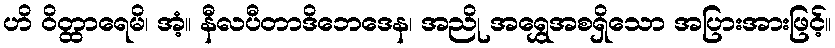
ဟိ ဝိတ္ထာရေမိ၊ အံ့။ နီလပီတာဒိဘေဒေန၊ အညို အရွှေအစရှိသော အပြားအားဖြင့်။